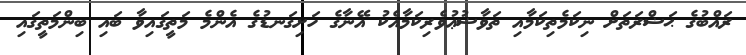
ރައްބުގެ ޙަޟްރަތަށް ނިކަމެތިކަމާއި ތަވާޟުޢުވެރިކަމާއެކު އޭނާގެ ހަށިގަނޑުގެ އެންމެ މަތީގައިވާ ބައި ބިންމަތީގައި